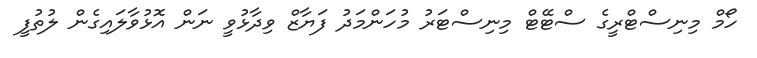
ހޯމް މިނިސްޓްރީގެ ސްޓޭޓް މިނިސްޓަރު މުހަންމަދު ފަޔާޒް ވިދާޅުވީ ނަން އޮޅުވާލައިގެން ލުތުފީ